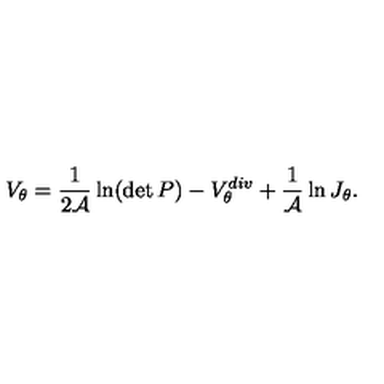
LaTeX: V _ { \theta } = { \frac { 1 } { 2 { \cal A } } } \ln ( \det P ) - V _ { \theta } ^ { d i v } + { \frac { 1 } { \cal A } } \ln J _ { \theta } .